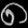
Digit: ၈